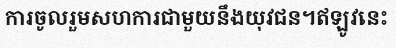
ការចូលរួមសហការជាមួយនឹងយុវជន។ឥឡូវនេះ